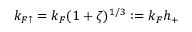
k _ { F \mathord { \uparrow } } = k _ { F } ( 1 + \zeta ) ^ { 1 / 3 } : = k _ { F } h _ { + }